Laidoner,_Johan, lk 100
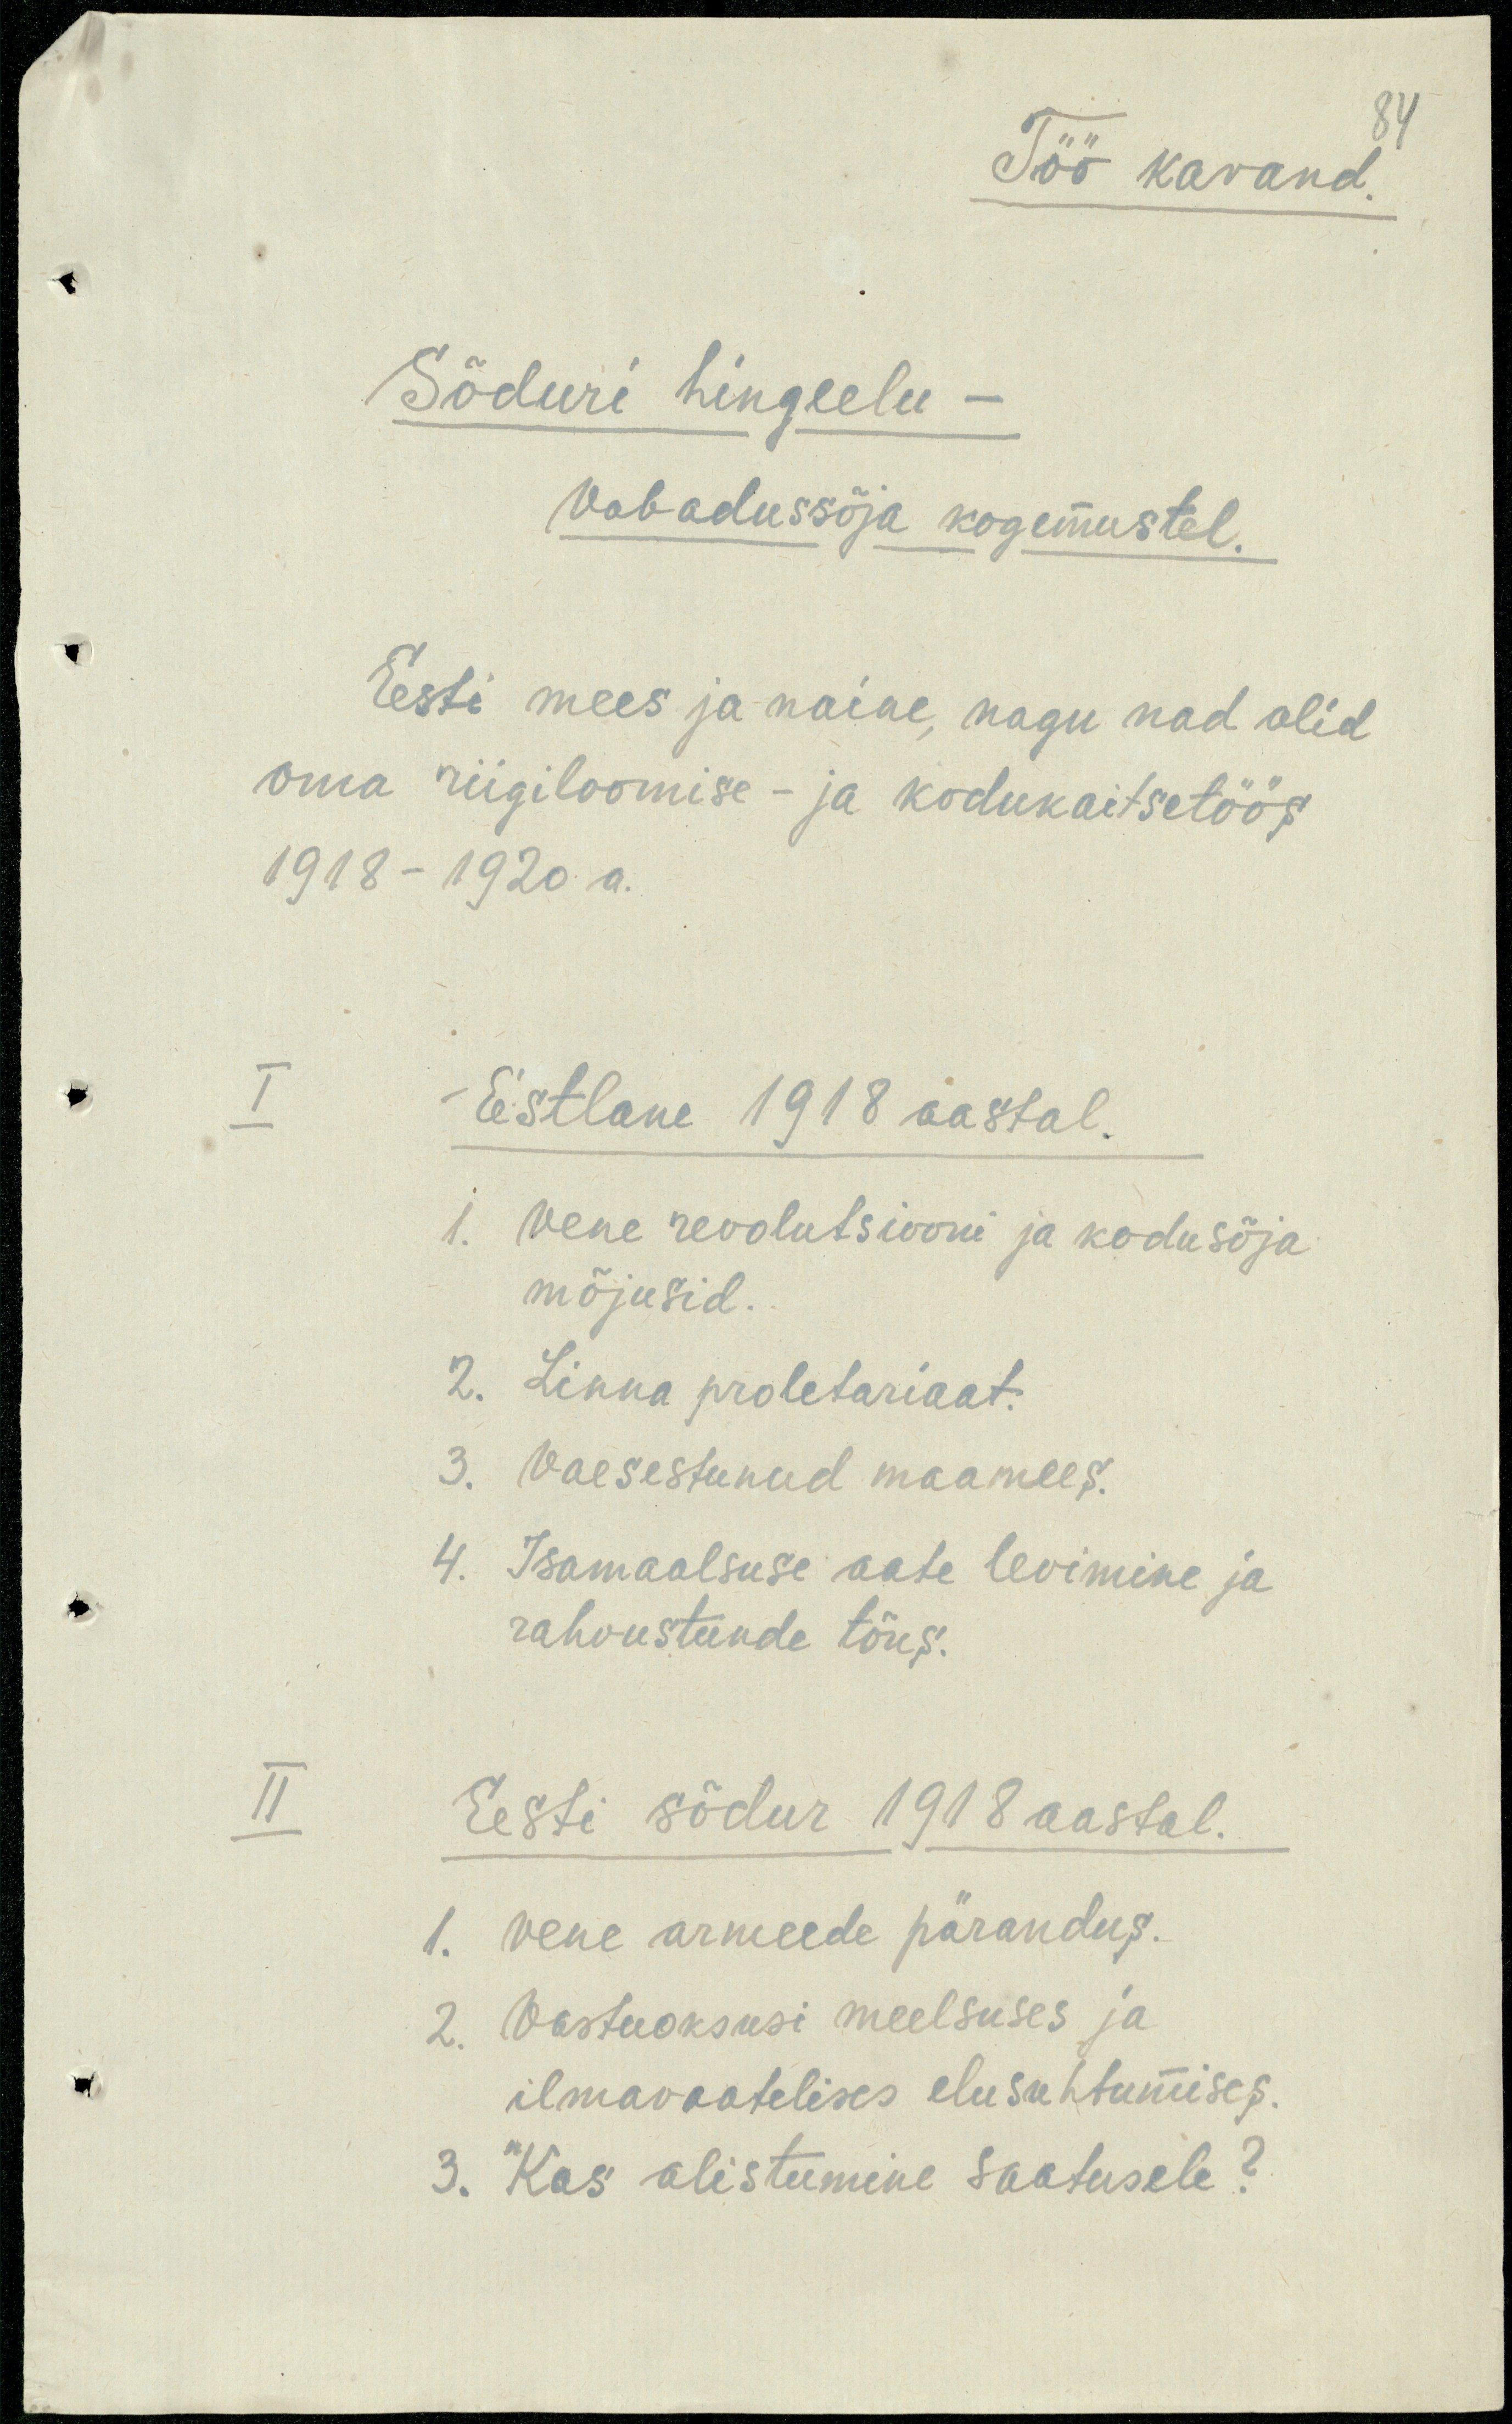
84
Töö kavand.
Sõduri hingelu
Vabadussõja kogemustel.
Eesti mees ja naine, nagu nad olid
oma riigiloomise- ja kodukaitsetöös
1918-1920 a.
I
Eestlane 1918 aastal.
1. Vene revolutsiooni ja kodusõja
mõjusid.
2. Linna proletariaat.
3. Vaesestunud maamees.
4. Isamaalsuse aate levimine ja
rahvustunde tõus.
II
Eesti sõdur 1918 aastal.
1. Vene armeede pärandus.
2. Vastuoksusi meelsuses ja
ilmavaatelises elusuhtumises.
3.Kas alistumine saatusele?